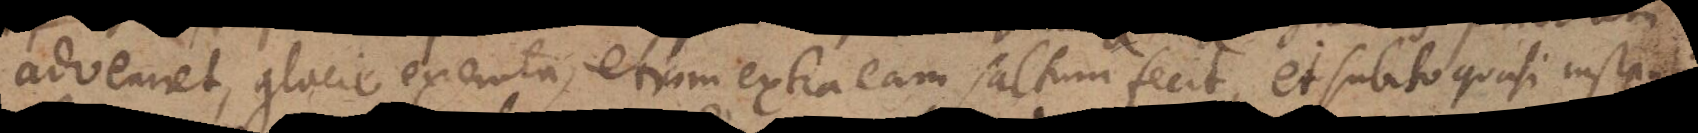
adveniet, glacie exemta, etiam extra eam saltum fecit, et subito quasi instanti